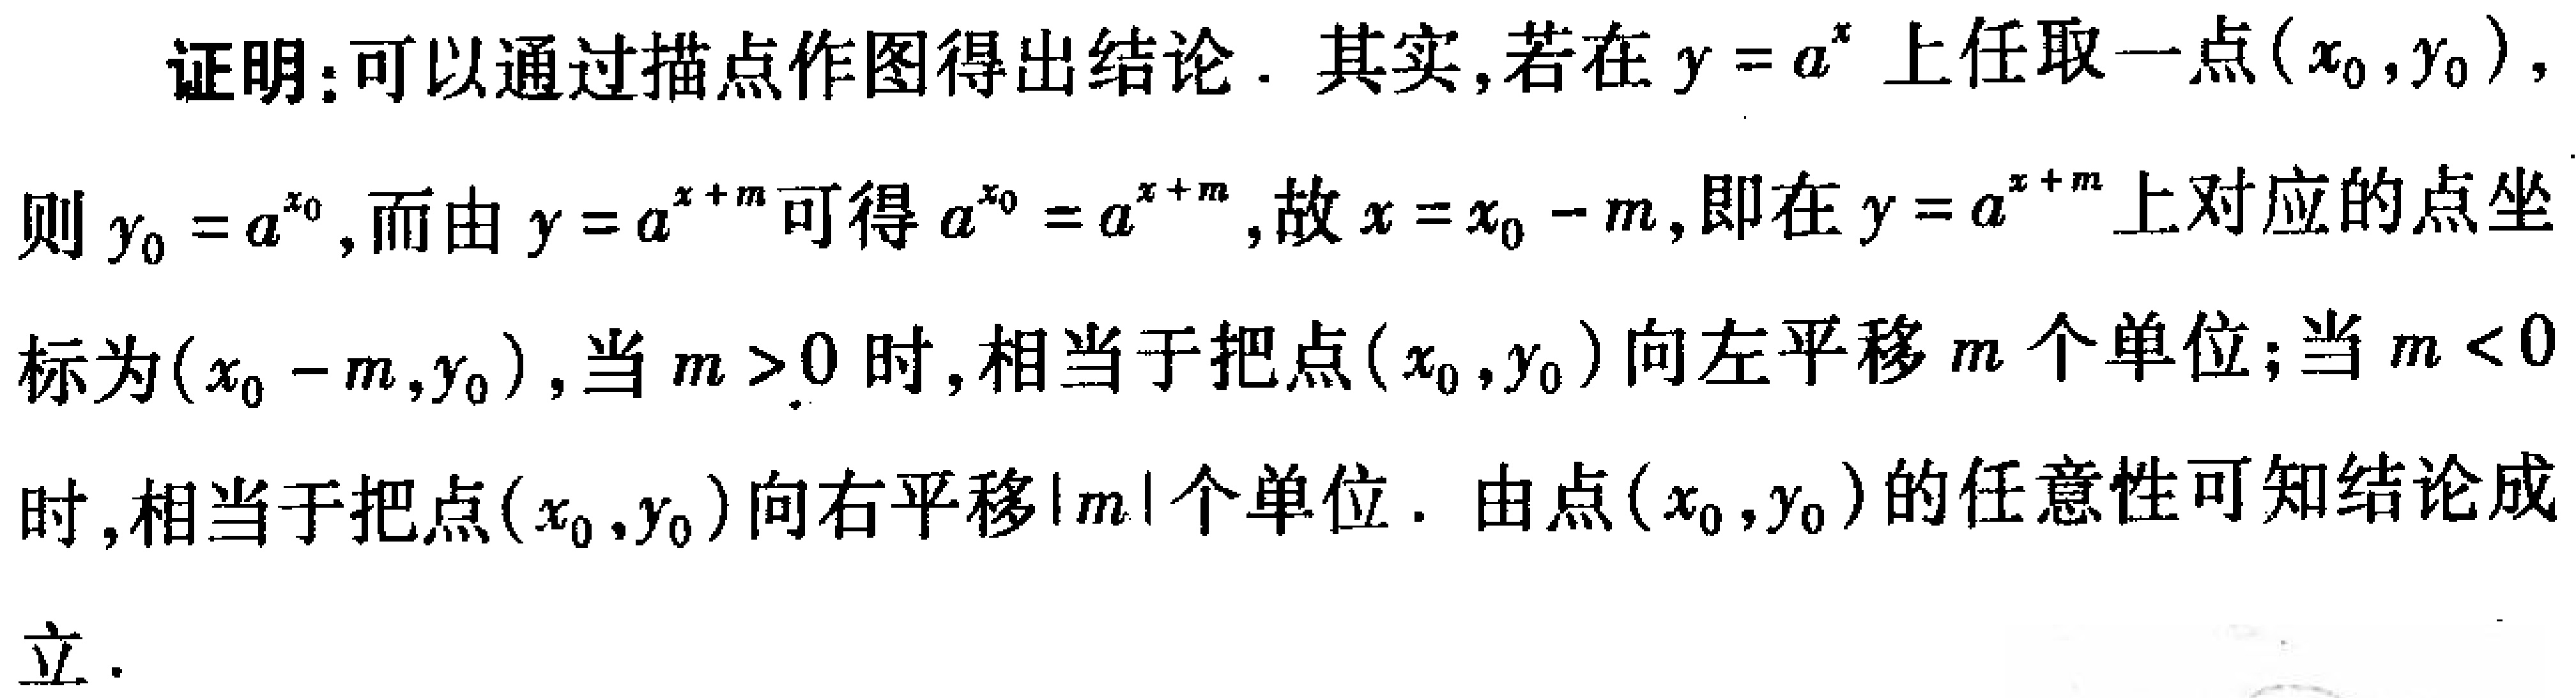
证明：可以通过描点作图得出结论. 其实,若在\(y = a^{x}\)上任取一点\((x_{0},y_{0})\)，则\(y_{0}=a^{x_{0}}\)，而由\(y = a^{x + m}\)可得\(a^{x_{0}}=a^{x + m}\)，故\(x = x_{0}-m\)，即在\(y = a^{x + m}\)上对应的点坐标为\((x_{0}-m,y_{0})\)，当\(m > 0\)时,相当于把点\((x_{0},y_{0})\)向左平移\(m\)个单位；当\(m < 0\)时,相当于把点\((x_{0},y_{0})\)向右平移\(\vert m\vert\)个单位. 由点\((x_{0},y_{0})\)的任意性可知结论成立.